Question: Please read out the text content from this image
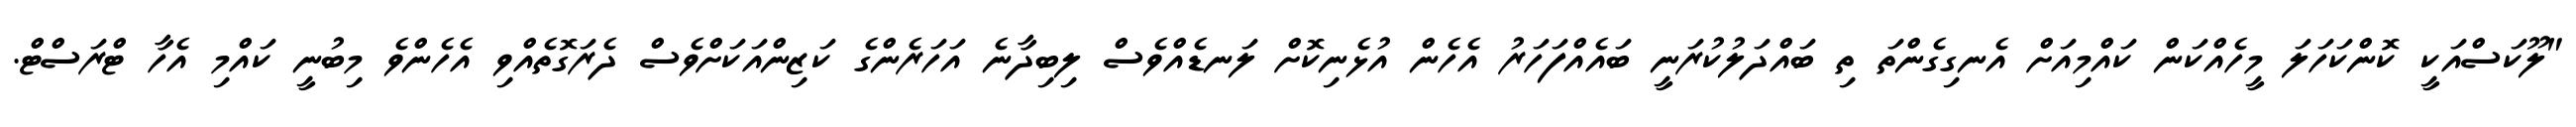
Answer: "ލޫކަސްއަކީ ކޮންކަހަލަ މީހެއްކަން ކައްމިއަށް އެނގިގެންތަ ތި ބައްދަލުކުރަނީ ބައެއްފަހަރު އެހެން އުޅެނިކޮށް ލަނޑެއްވެސް ލިބިދާނެ އަހަރެންގެ ކަޒިންއަކަށްވެސް ދެރަގޮތެއްވި އެހެންވެ މިބުނީ ކައްމި އެހާ ޓްރަސްޓް.